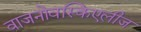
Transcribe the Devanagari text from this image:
वाजनोवस्किएलीज